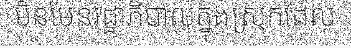
មិនមែនរដ្ឋាភិបាលក្នុងស្រុកដែល